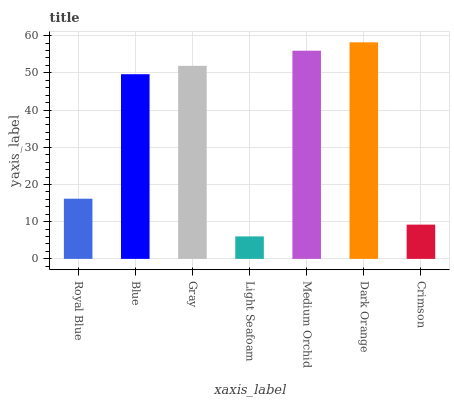
| xaxis_label | bars |
 | --- | --- |
 | Royal Blue | 16.2 |
 | Blue | 49.6 |
 | Gray | 51.9 |
 | Light Seafoam | 6.04 |
 | Medium Orchid | 55.9 |
 | Dark Orange | 58.2 |
 | Crimson | 9.2 |